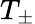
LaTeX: T_{\pm}